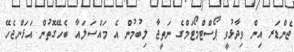
ޖެންޑަރ އިން ވިދާޅުވީ ޕޯސްޓްމޯޓަމްގެ ނަތީޖާ ލިބުމުން އެ މައްސަލައާ ބެހޭގޮތުން އަޅަންޖެހޭ